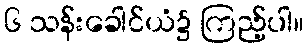
၆ သန်းခေါင်ယံ၌ ကြည့်ပါ။